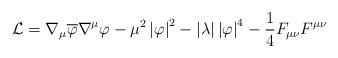
LaTeX: \begin{align*}\mathcal{L}=\nabla _{\mu }\overline{\varphi }\nabla ^{\mu }\varphi -\mu^{2}\left| \varphi \right| ^{2}-\left| \lambda \right| \left| \varphi\right| ^{4}-\frac{1}{4}F_{\mu \nu }F^{\mu \nu } \end{align*}